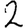
Digit: 2